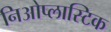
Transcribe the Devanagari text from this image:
निओप्लास्टिक